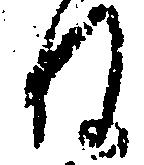
ね